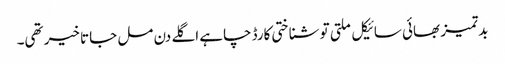
بدتمیز بھائی سائیکل ملتی تو شناختی کارڈ چاہے اگلے دن مل جاتا خیر تھی۔